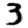
Digit: 3